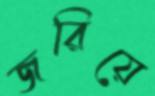
জরিয়ে